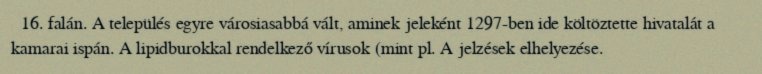
16. falán. A település egyre városiasabbá vált, aminek jeleként 1297-ben ide költöztette hivatalát a kamarai ispán. A lipidburokkal rendelkező vírusok (mint pl. A jelzések elhelyezése.